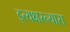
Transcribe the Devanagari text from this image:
इत्यक्षरन्यास